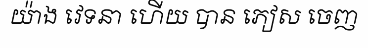
យ៉ាង វេទនា ហើយ បាន ភៀស ចេញ